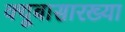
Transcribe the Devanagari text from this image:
क्यूबासारख्या